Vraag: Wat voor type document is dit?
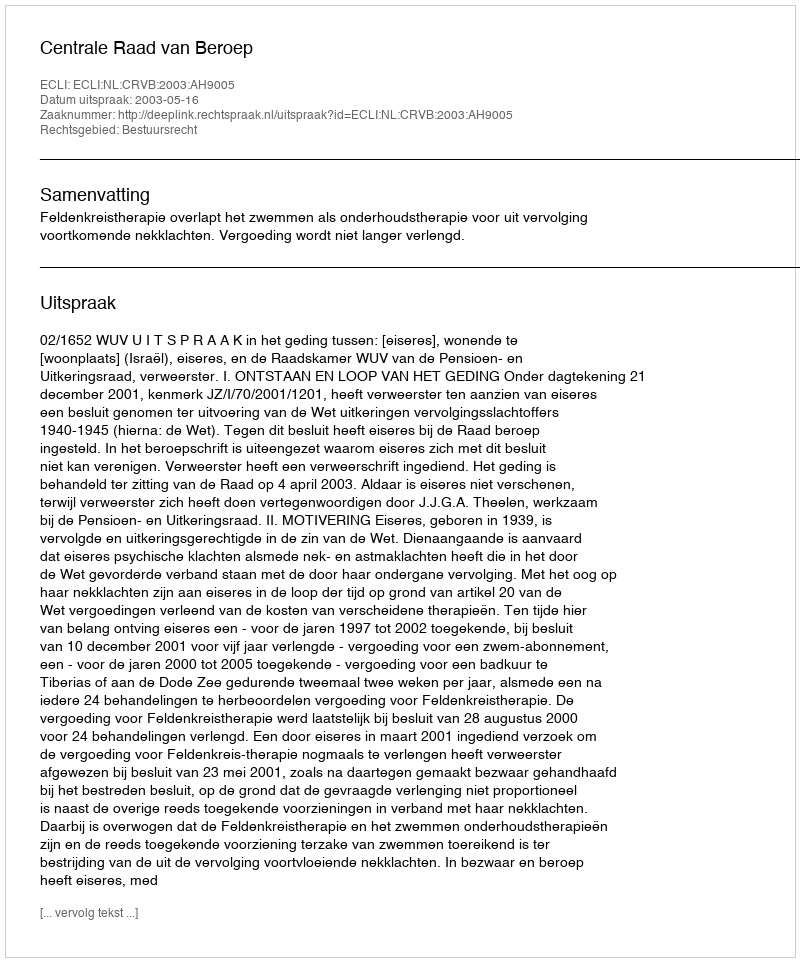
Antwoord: Uitspraak